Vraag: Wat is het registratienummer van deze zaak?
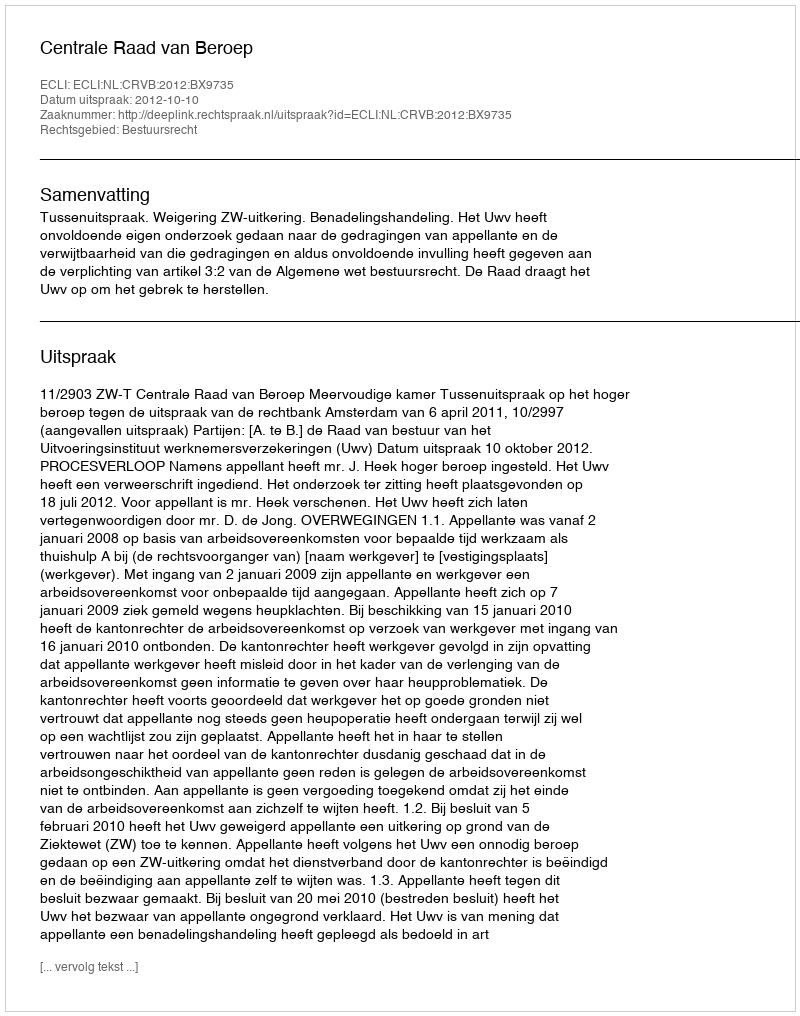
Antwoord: http://deeplink.rechtspraak.nl/uitspraak?id=ECLI:NL:CRVB:2012:BX9735